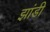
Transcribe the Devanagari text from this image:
झांडी